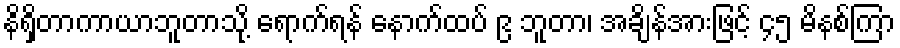
နိရှိတာကာယာဘူတာသို့ ရောက်ရန် နောက်ထပ် ၉ ဘူတာ၊ အချိန်အားဖြင့် ၄၅ မိနစ်ကြာ